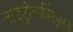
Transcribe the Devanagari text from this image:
नाइट्रोबार्बिट्यूरिक